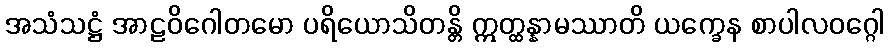
အသံသဋ္ဌံ အာဠဝိဂေါတမော ပရိယောသိတန္တိ ဣတ္ထန္နာမဿာတိ ယက္ခေန စာပါလဝဂ္ဂေါ